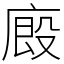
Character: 廄